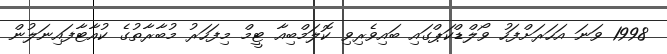
1998 ވަނަ އަހަރަށްފަހު ވޯލްޑްކަޕްގައި ބައިވެރިވި ކޮލަމްބިއާ ޓީމް މިފަހަރު މުބާރާތުގެ ކުއާޓާފައިނަލުން